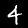
Digit: 4